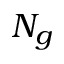
N _ { g }